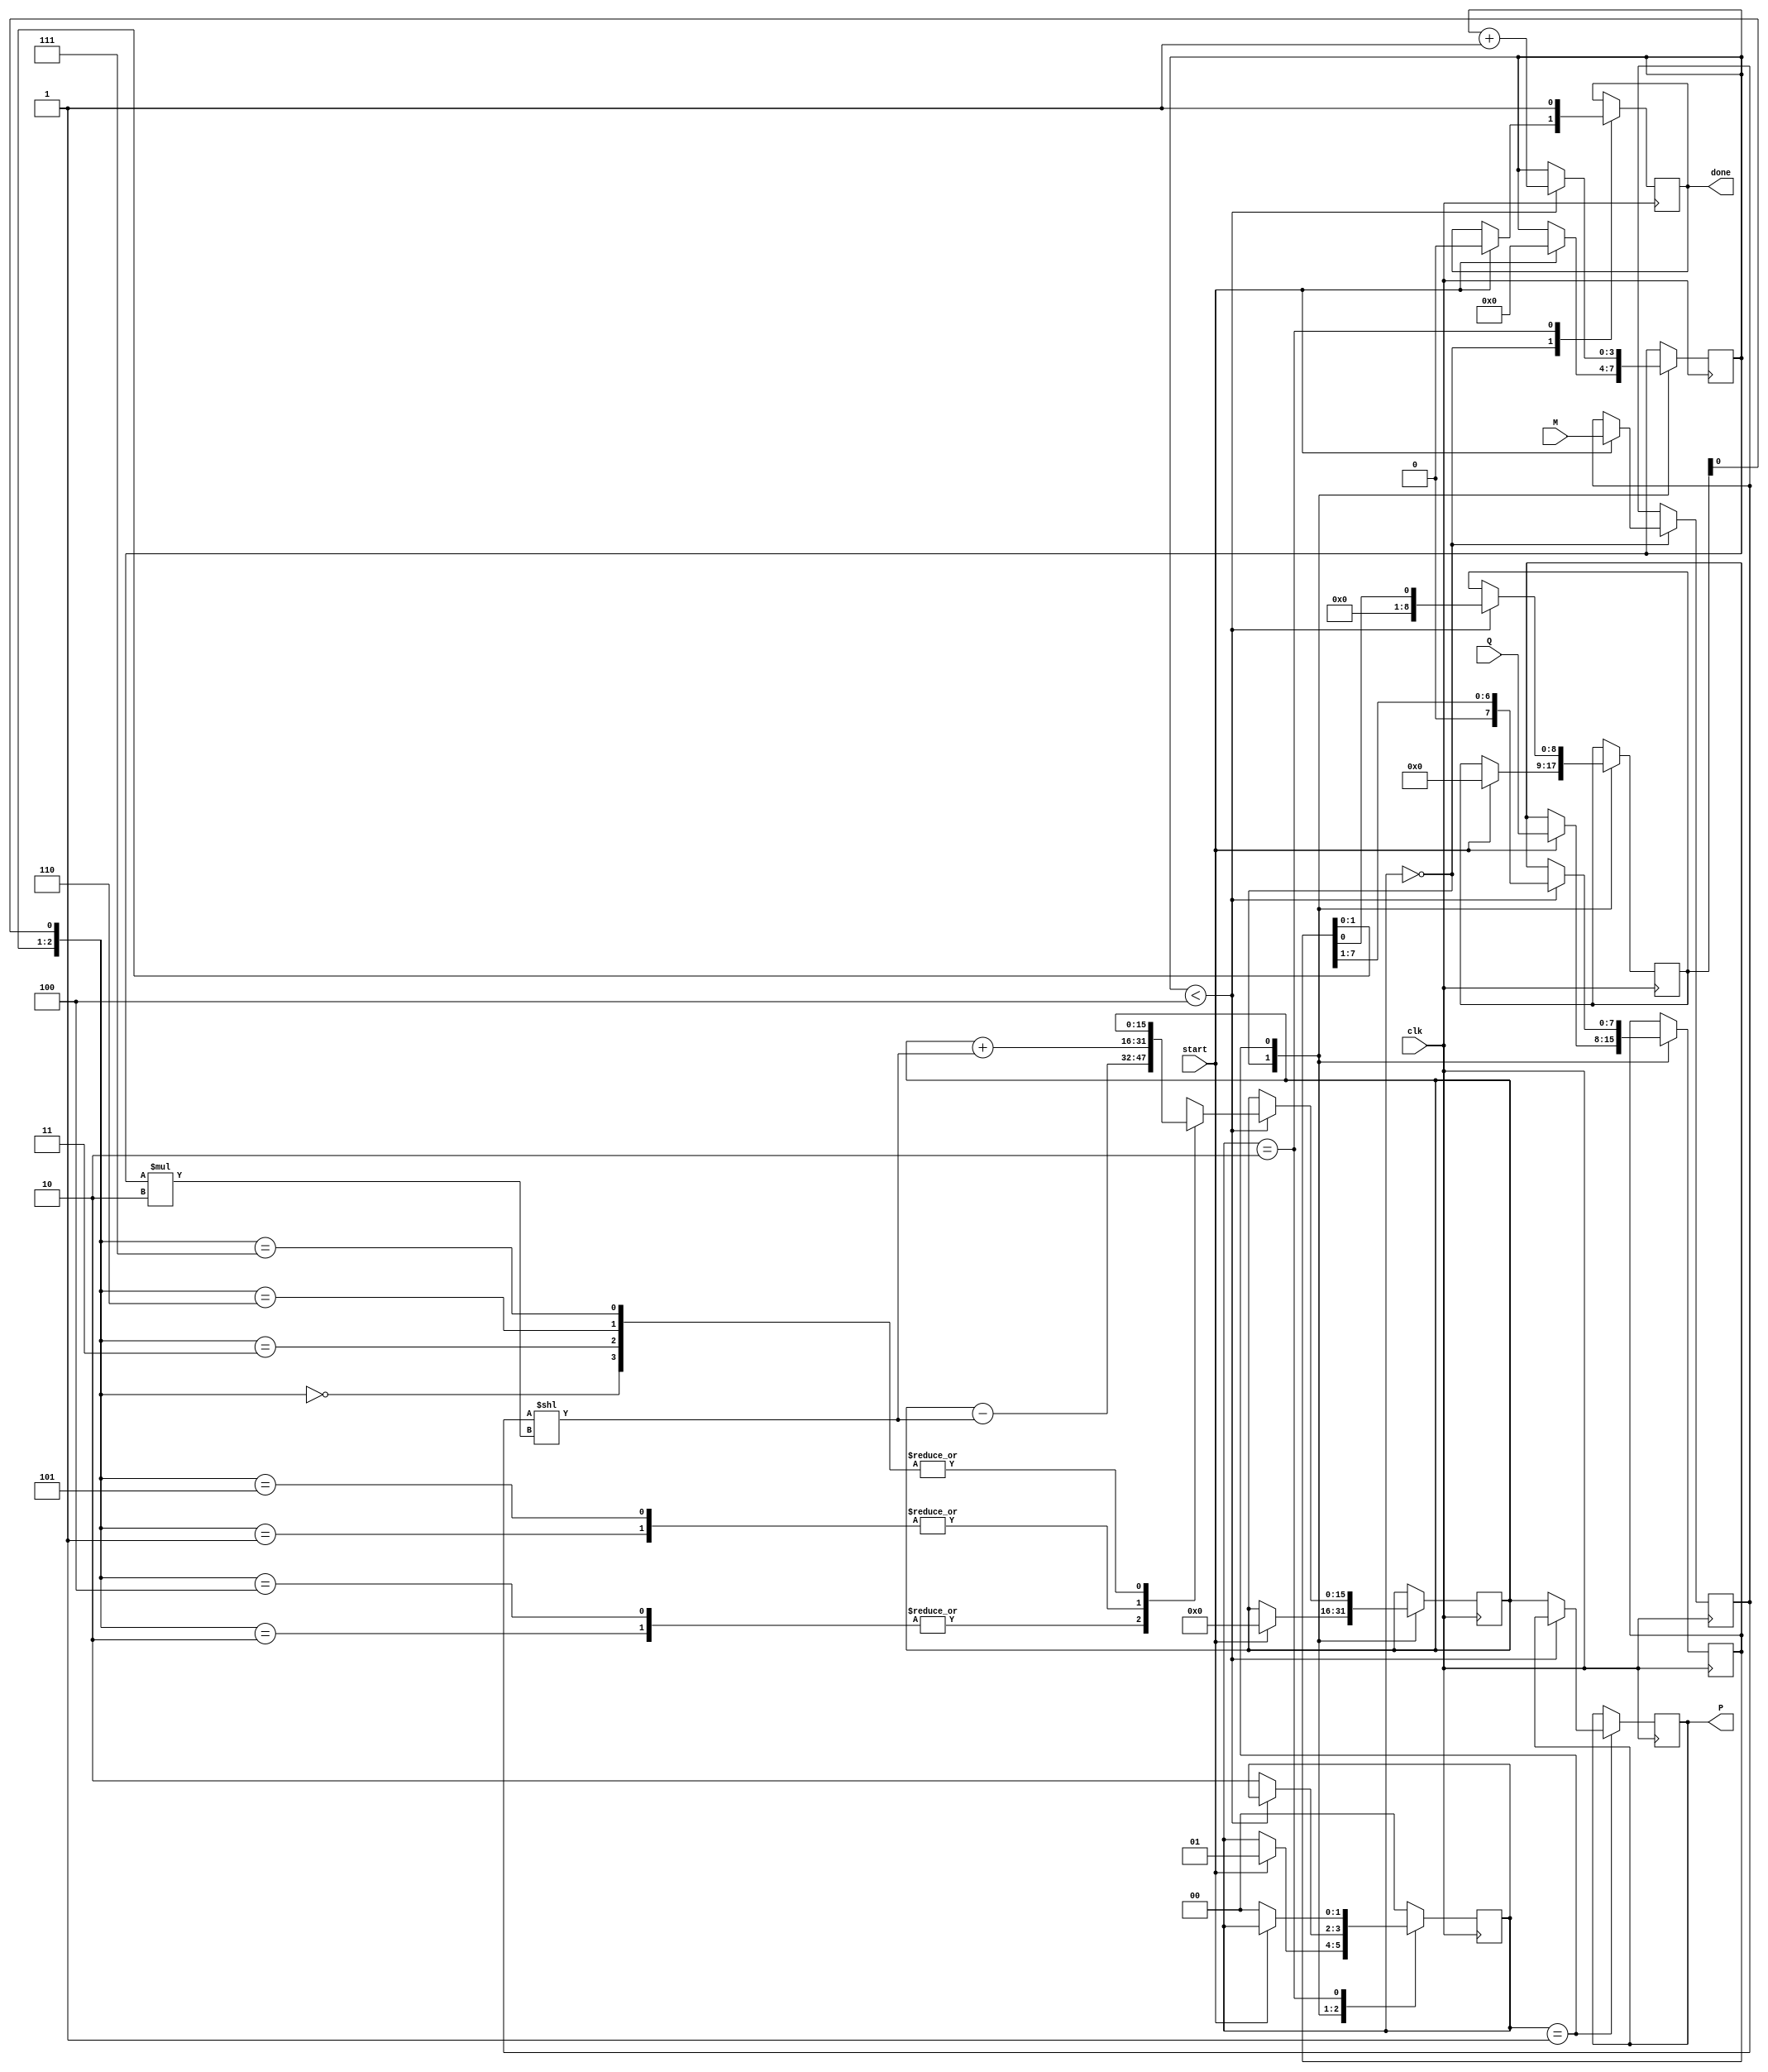
module radix4_multiplier #(parameter N = 8) (
    input  wire [N-1:0] M,      // Multiplicand
    input  wire [N-1:0] Q,      // Multiplier
    input  wire clk,            // Clock signal
    input  wire start,          // Start signal
    output reg [2*N-1:0] P,     // Product output
    output reg done             // Done signal
);

    reg [N-1:0] Q_reg;          // Register for multiplier
    reg [N-1:0] M_reg;          // Register for multiplicand
    reg [N:0] Q_prev;           // Previous bit of Q (extended)
    reg [2*N-1:0] partial_product; // Partial product accumulator
    reg [3:0] count;            // Cycle counter
    reg [1:0] state;            // State machine
    localparam IDLE = 2'b00, PROCESS = 2'b01, DONE = 2'b10;

    // Initial values
    initial begin
        P = 0;
        partial_product = 0;
        count = 0;
        state = IDLE;
        done = 0;
    end

    // State machine for controlling the multiplier
    always @(posedge clk) begin
        case (state)
            IDLE: begin
                if (start) begin
                    M_reg <= M;
                    Q_reg <= Q;
                    Q_prev <= 0; // Initialize previous bit
                    partial_product <= 0;
                    count <= 0;
                    state <= PROCESS;
                    done <= 0;
                end
            end

            PROCESS: begin
                if (count < (N + 1) / 2) begin
                    // Booth encoding
                    case ({Q_reg[1:0], Q_prev[0]})
                        3'b000: begin
                            // No action
                            partial_product <= partial_product;
                        end
                        3'b001: begin
                            // Generate M
                            partial_product <= partial_product + (M_reg << (count * 2));
                        end
                        3'b010: begin
                            // Generate -M
                            partial_product <= partial_product - (M_reg << (count * 2));
                        end
                        3'b011: begin
                            // No action
                            partial_product <= partial_product;
                        end
                        3'b100: begin
                            // Generate -M
                            partial_product <= partial_product - (M_reg << (count * 2));
                        end
                        3'b101: begin
                            // Generate M
                            partial_product <= partial_product + (M_reg << (count * 2));
                        end
                        3'b110: begin
                            // No action
                            partial_product <= partial_product;
                        end
                        3'b111: begin
                            // No action
                            partial_product <= partial_product;
                        end
                    endcase

                    // Shift the multiplier and increment count
                    Q_prev <= Q_reg[0]; // Update previous bit
                    Q_reg <= {1'b0, Q_reg[N-1:1]}; // Shift right
                    count <= count + 1;
                end else begin
                    // Finalize product
                    P <= partial_product;
                    state <= DONE;
                end
            end

            DONE: begin
                done <= 1; // Indicate operation is complete
                if (!start) begin
                    state <= IDLE; // Reset state on start signal low
                end
            end

            default: state <= IDLE; // Default case
        endcase
    end
endmodule